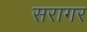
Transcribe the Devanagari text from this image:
सरागर